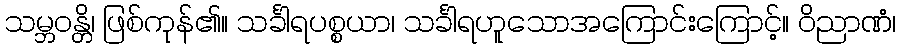
သမ္ဘဝန္တိ၊ ဖြစ်ကုန်၏။ သင်္ခါရပစ္စယာ၊ သင်္ခါရဟူသောအကြောင်းကြောင့်။ ဝိညာဏံ၊